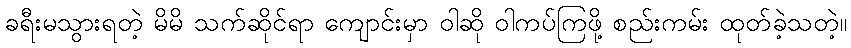
ခရီးမသွားရတဲ့ မိမိ သက်ဆိုင်ရာ ကျောင်းမှာ ဝါဆို ဝါကပ်ကြဖို့ စည်းကမ်း ထုတ်ခဲ့သတဲ့။